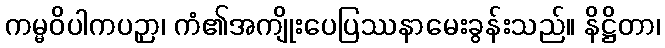
ကမ္မဝိပါကပဉှာ၊ ကံ၏အကျိုးပေပြဿနာမေးခွန်းသည်။ နိဋ္ဌိတာ၊